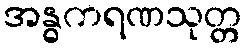
အန္ဓကရဏသုတ္တ